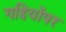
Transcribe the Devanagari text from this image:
गद्दियोंपर